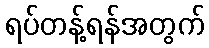
ရပ်တန့်ရန်အတွက်